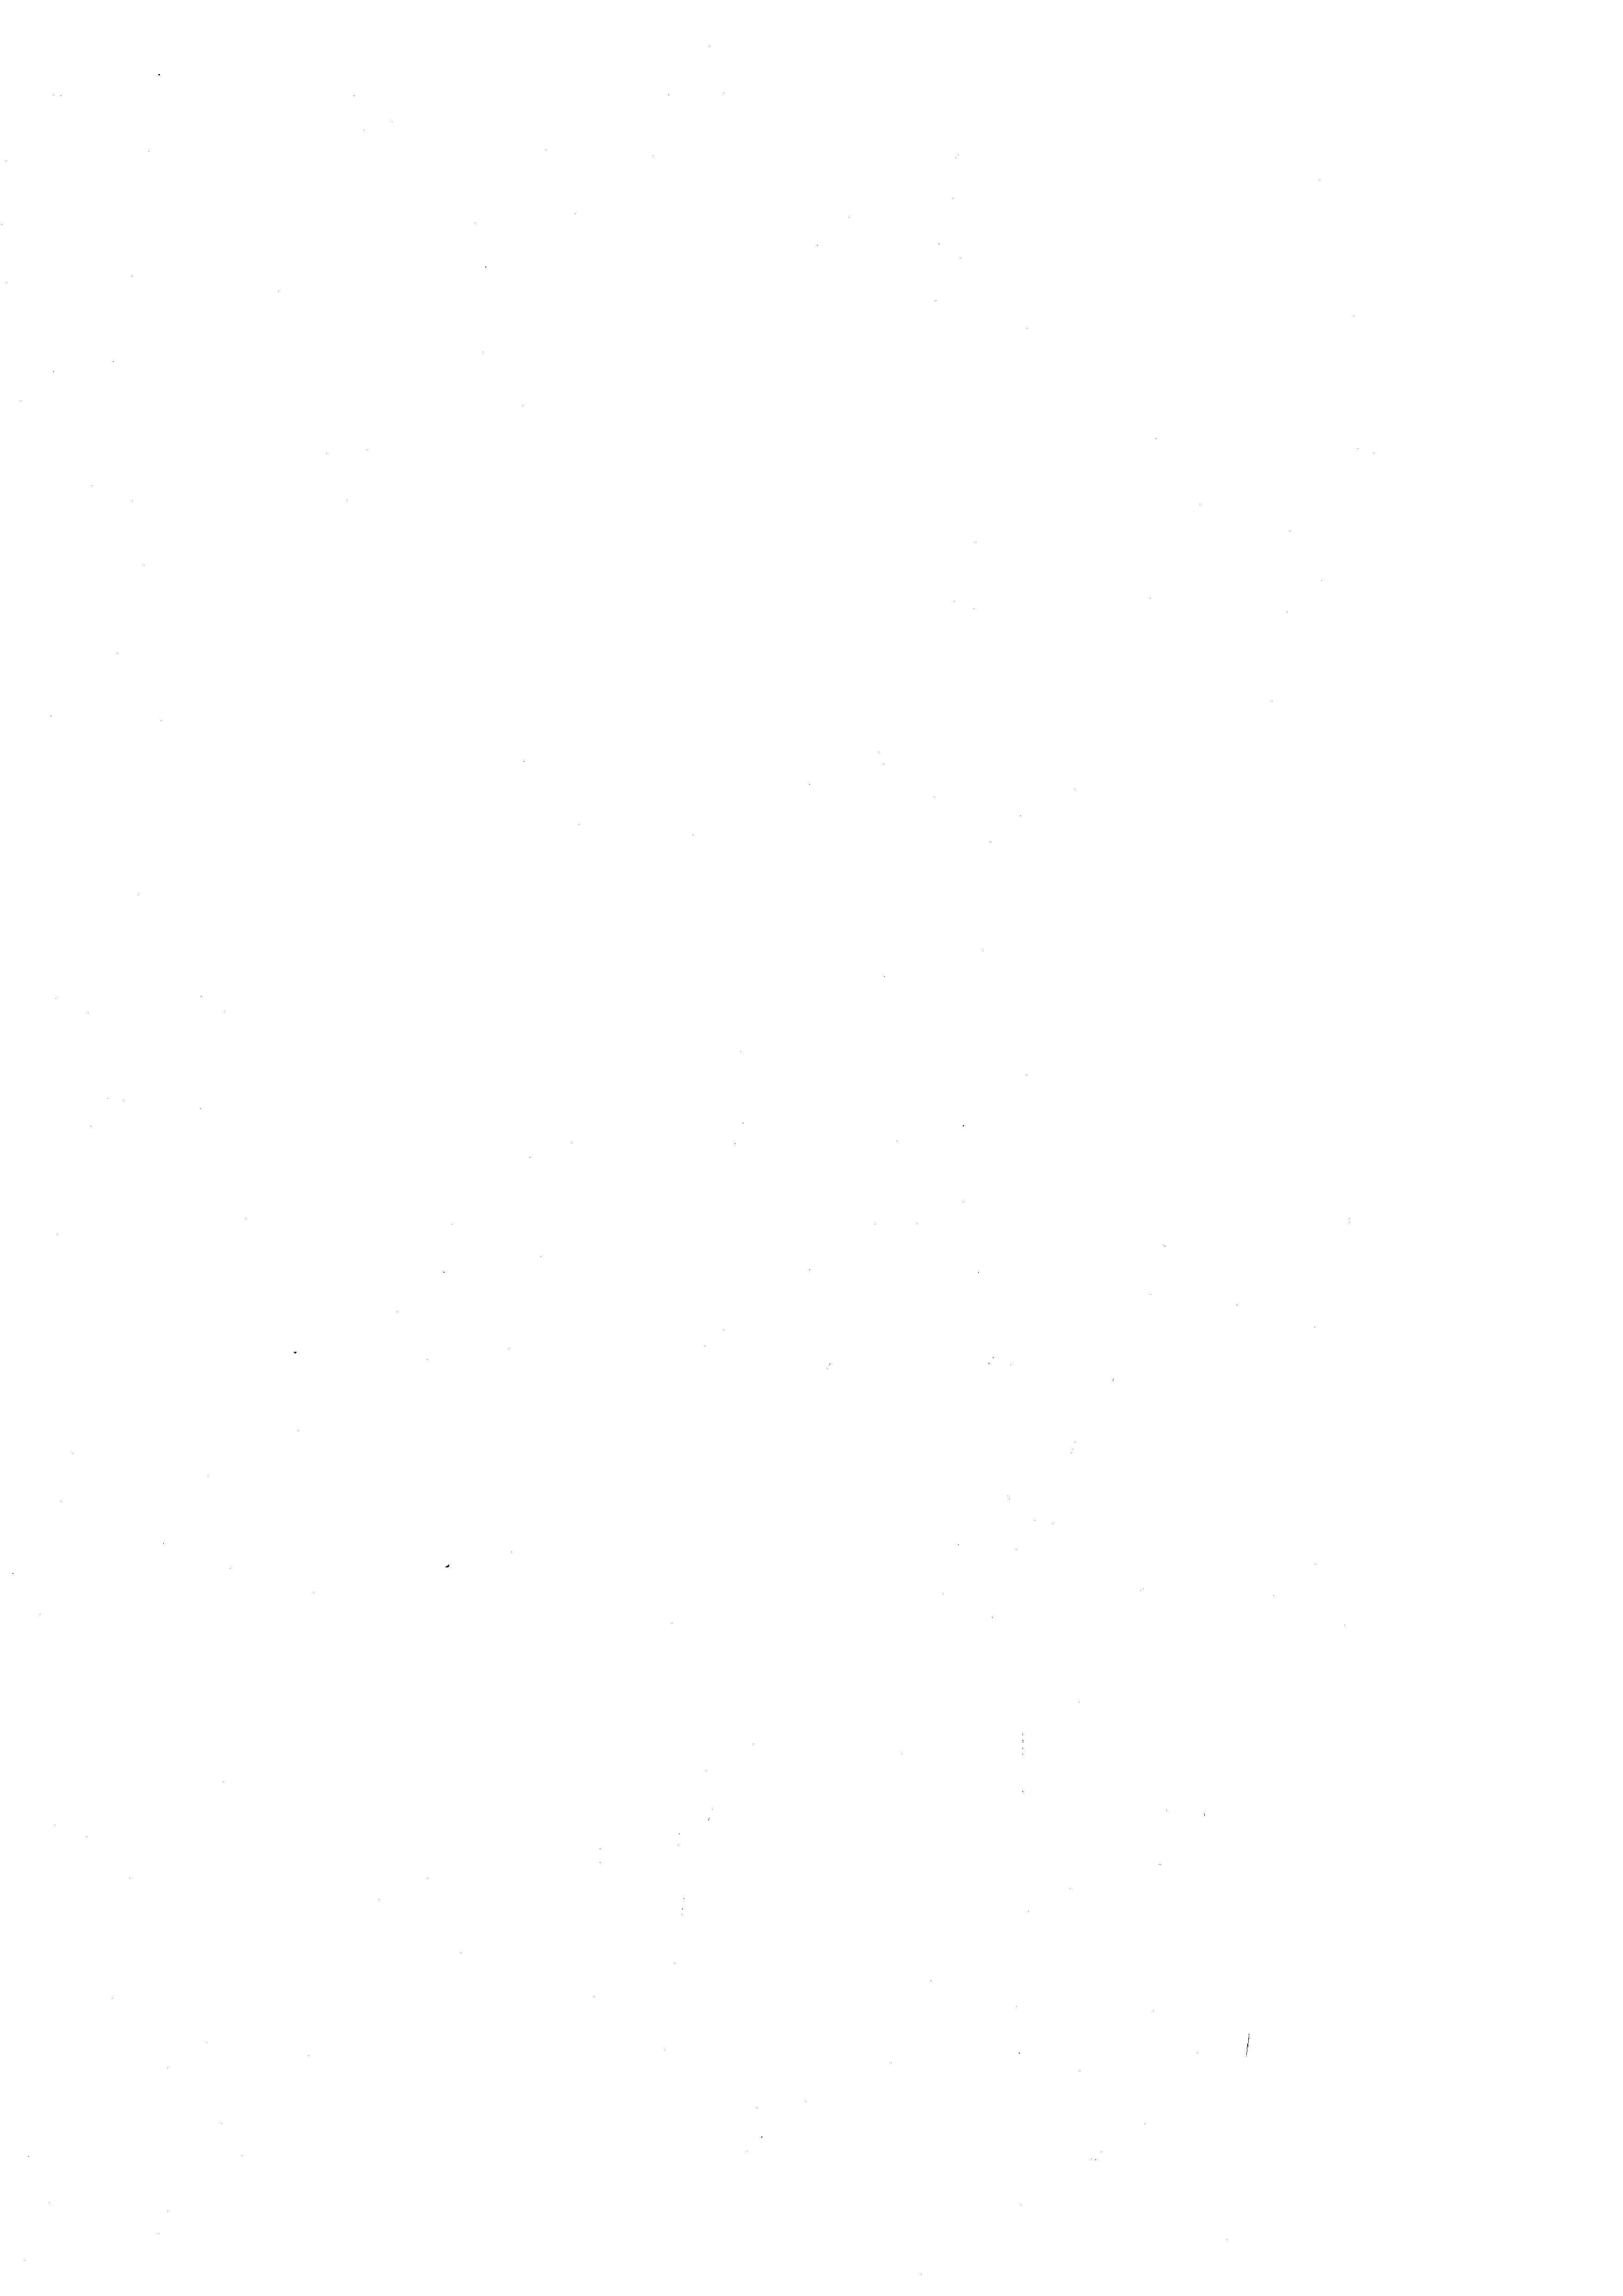
2

¬

n

e

¬

e
¬
¬

n

.

e
e
e
e
e
e
.

¬

e
e
e
e

¬
¬
e
e
e

e

n
e

e
n

d
e
e
e
e
.
e
n

¬

¬

e
e
e
e
¬

¬
¬
e

n

e

n

.
e
e
e
e
¬

.

¬
.

e

e

.